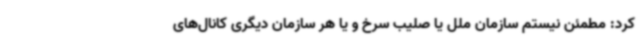
کرد: مطمئن نیستم سازمان ملل یا صلیب سرخ و یا هر سازمان دیگری کانال‌های